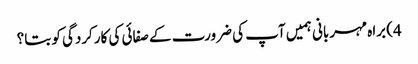
4) براہ مہربانی ہمیں آپ کی ضرورت کے صفائی کی کارکردگی کو بتا؟